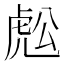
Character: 𧆷